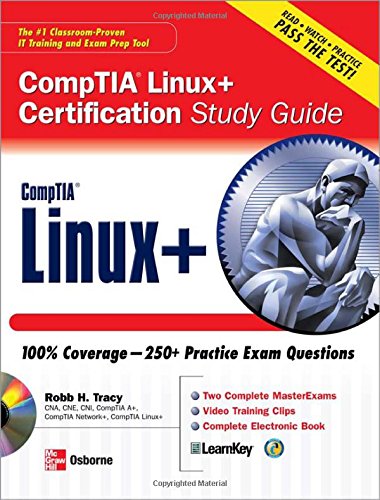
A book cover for CompTIA Linux+ Certification Study Guide; Robb H. Tracy; Computers & Technology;